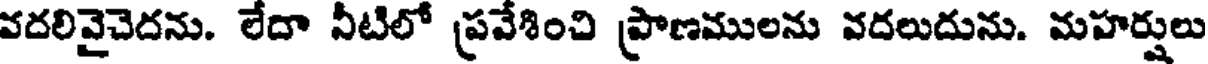
వదలివైచెదను. లేదా నీటిలో ప్రవేశించి ప్రాణములను వదలుదును. మహర్షులు